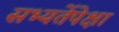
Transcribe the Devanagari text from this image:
सभ्यतेंपेक्षा